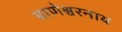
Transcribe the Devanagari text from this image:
बाणेश्वरनाथ